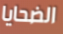
الضحايا